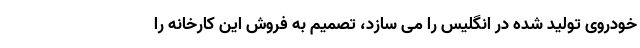
خودروی تولید شده در انگلیس را می سازد، تصمیم به فروش این کارخانه را